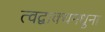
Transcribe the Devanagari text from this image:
त्वद्वाक्यमधुना